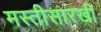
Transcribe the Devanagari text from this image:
मस्तीसारखी